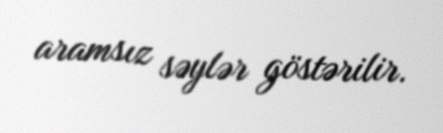
aramsız səylər göstərilir.